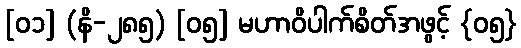
[၀၁] (နိ-၂၈၅) [၀၅] မဟာဝိပါက်စိတ်အဖွင့် {၀၅}